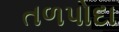
તળપોદા